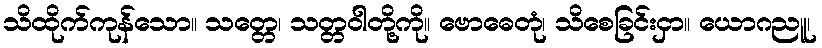
သိထိုက်ကုန်သော။ သတ္တေ၊ သတ္တဝါတို့ကို။ ဗောဓေတုံ၊ သိစေခြင်းငှာ။ ယောဂညူ၊